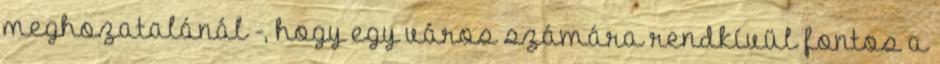
meghozatalánál -, hogy egy város számára rendkívül fontos a